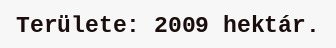
Területe: 2009 hektár.